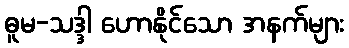
ဓူမ-သဒ္ဒါ ဟောနိုင်သော အနက်များ